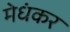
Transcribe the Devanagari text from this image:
मेधंकर